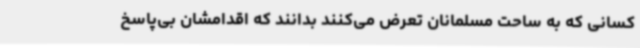
کسانی که به ساحت مسلمانان تعرض می‌کنند بدانند که اقدامشان بی‌پاسخ